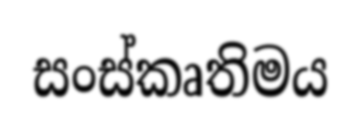
සංස්කෘතිමය